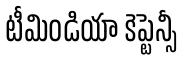
టీమిండియా కెప్టెన్సీ